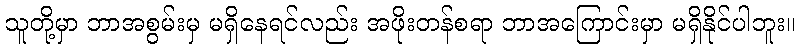
သူတို့မှာ ဘာအစွမ်းမှ မရှိနေရင်လည်း အဖိုးတန်စရာ ဘာအကြောင်းမှာ မရှိနိုင်ပါဘူး။